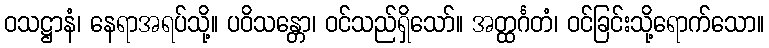
ဝသဋ္ဌာနံ၊ နေရာအရပ်သို့။ ပဝိသန္တော၊ ဝင်သည်ရှိသော်။ အတ္ထင်္ဂတံ၊ ဝင်ခြင်းသို့ရောက်သော။